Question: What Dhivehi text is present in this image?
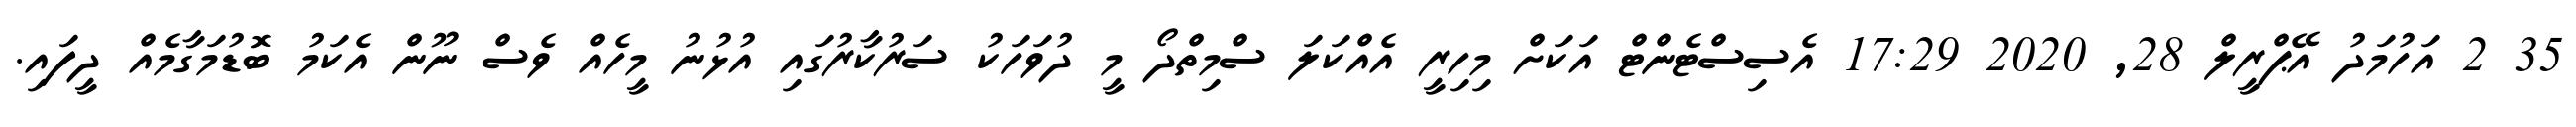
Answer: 35 2 އަހުމަދު އޭޕްރީލް 28, 2020 17:29 އެސިސްޓެންޓް އަކަށް މިހިރީ އެއްކަލަ ސްމިތްދޯ މީ ދުވަހަކު ސަރުކާރުގައި އުޅުނު މީހެއް ވެސް ނޫން އެކަމު ބޮޑުމަގާމެއް ދީފައި.